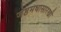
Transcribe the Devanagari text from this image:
जेष्ठमधासारखी